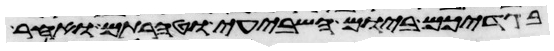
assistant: בגדיכם ביום השביעי וטהרתם ואחר